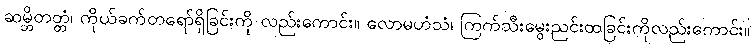
ဆမ္ဘိတတ္တံ၊ ကိုယ်ခက်တရော်ရှိခြင်းကို လည်းကောင်း။ လောမဟံသံ၊ ကြက်သီးမွေးညင်းထခြင်းကိုလည်းကောင်း။